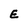
Character: E